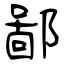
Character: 鄙